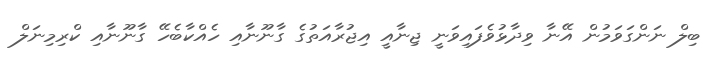
ބިލް ނަންގަވަމުން އޭނާ ވިދާޅުވެފައިވަނީ ޖިނާއީ އިޖުރާއަތުގެ ގާނޫނާއި ހެއްކާބެހޭ ގާނޫނާއި ކްރިމިނަލް